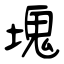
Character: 塊